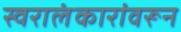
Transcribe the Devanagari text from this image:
स्वरालंकारांवरून